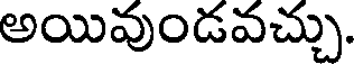
అయివుండవచ్చు.